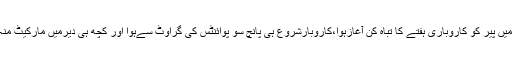
کراچی اسٹاک مارکیٹ میں پیر کو کاروباری ہفتے کا تباہ کن آغازہوا،کاروبارشروع ہی پانچ سو پوائنٹس کی گراوٹ سےہوا اور کچھ ہی دیرمیں مارکیٹ منہ کےبل زمین پر آگری۔